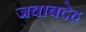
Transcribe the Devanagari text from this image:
जबाबदेह